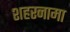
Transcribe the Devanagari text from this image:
शहरनामा